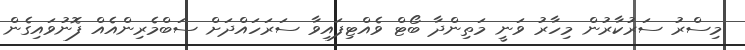
މިސްރު ސަރުކާރުން މިހާރު ވަނީ މަތިންދާ ބޯޓް ވެއްޓިފައިވާ ސަރަހައްދަށް ސަބްމެރިންއެއް ފޮނުވައިގެން